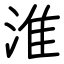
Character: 淮